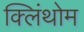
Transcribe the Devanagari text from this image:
क्लिंथोम